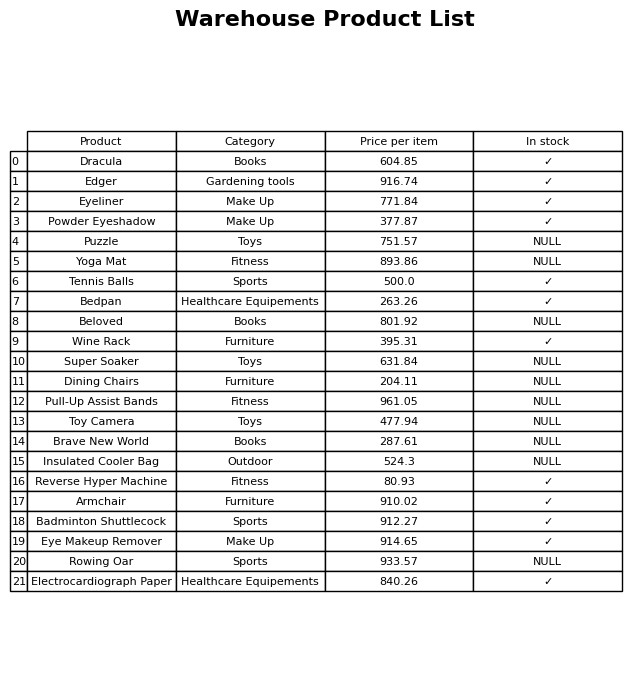
question: What is the price of the Armchair?
answer: The price of Armchair is 910.02.